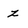
Character: z